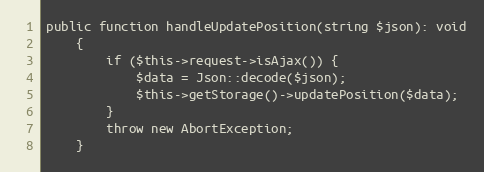
Language: PHP
public function handleUpdatePosition(string $json): void
	{
		if ($this->request->isAjax()) {
			$data = Json::decode($json);
			$this->getStorage()->updatePosition($data);
		}
		throw new AbortException;
	}